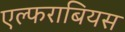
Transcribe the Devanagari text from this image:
एल्फराबियस